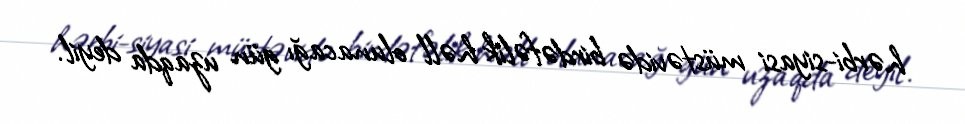
hərbi-siyasi müstəvidə birdəfəlik həll olunacağı gün uzaqda deyil.